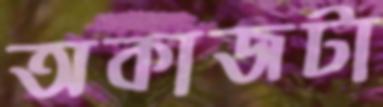
অকাজটা